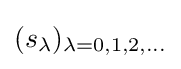
(s_{\lambda })_{\lambda =0,1,2,\dots }